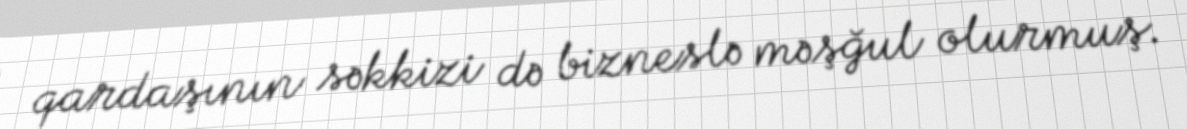
qardaşının səkkizi də bizneslə məşğul olurmuş.